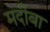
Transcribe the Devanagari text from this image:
मदीबा